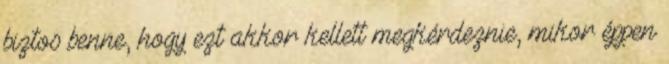
biztos benne, hogy ezt akkor kellett megkérdeznie, mikor éppen